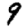
Digit: 9